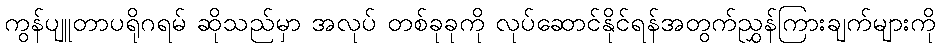
ကွန်ပျူတာပရိုဂရမ် ဆိုသည်မှာ အလုပ် တစ်ခုခုကို လုပ်ဆောင်နိုင်ရန်အတွက်ညွှန်ကြားချက်များကို